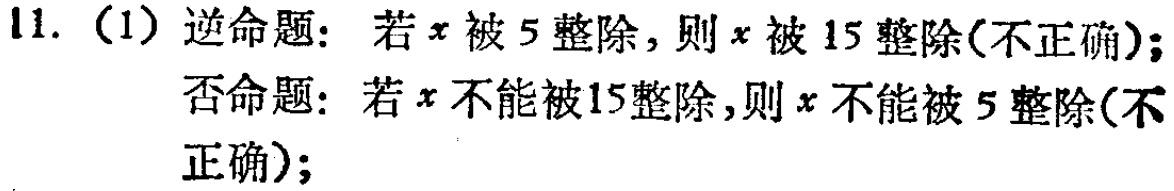
11. (1) 逆命题：若\(x\)被\(5\)整除，则\(x\)被\(15\)整除(不正确)；

否命题：若\(x\)不能被\(15\)整除，则\(x\)不能被\(5\)整除(不正确)；